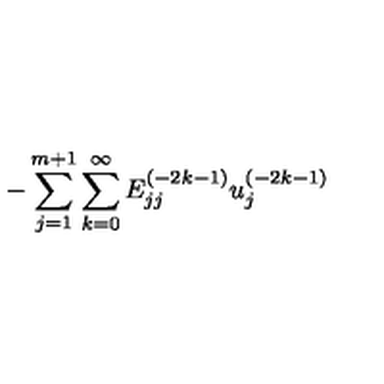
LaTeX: { - \sum _ { j = 1 } ^ { m + 1 } \sum _ { k = 0 } ^ { \infty } E _ { j j } ^ { ( - 2 k - 1 ) } u _ { j } ^ { ( - 2 k - 1 ) } }